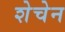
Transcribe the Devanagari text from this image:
शेचेन